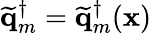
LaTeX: \widetilde{\mathbf{q}}_{m}^{\dagger}=\widetilde{\mathbf{q}}_{m}^{\dagger}(\mathbf{x})